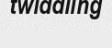
twiddling